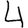
Digit: 4